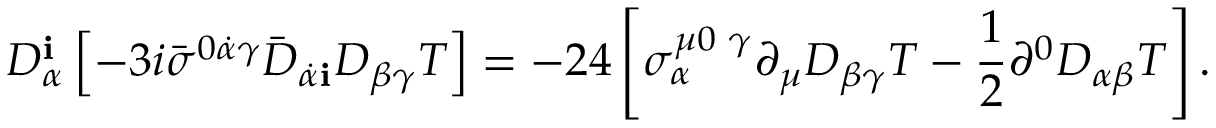
D _ { \alpha } ^ { \mathbf i } \left[ - 3 i { \bar { \sigma } } ^ { 0 \dot { \alpha } \gamma } { \bar { D } } _ { \dot { \alpha } { \mathbf i } } D _ { \beta \gamma } T \right] = - 2 4 \left[ \sigma _ { \alpha } ^ { \mu 0 \, \, \gamma } \partial _ { \mu } D _ { \beta \gamma } T - \frac { 1 } { 2 } \partial ^ { 0 } D _ { \alpha \beta } T \right] .